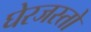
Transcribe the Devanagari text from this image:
घेरजस्तो